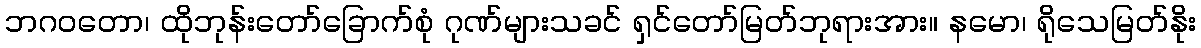
ဘဂဝတော၊ ထိုဘုန်းတော်ခြောက်စုံ ဂုဏ်များသခင် ရှင်တော်မြတ်ဘုရားအား။ နမော၊ ရိုသေမြတ်နိုး